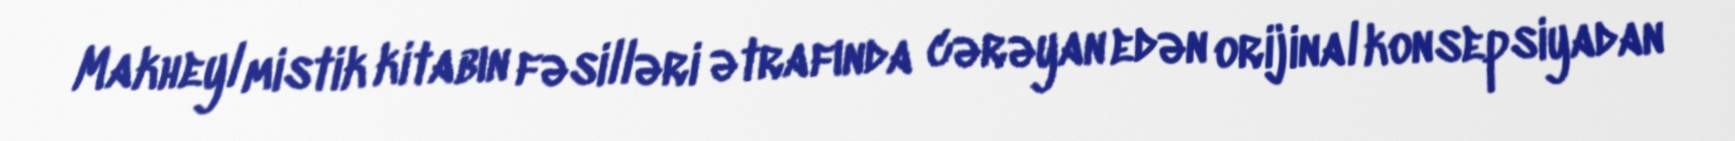
Makheyl mistik kitabın fəsilləri ətrafında cərəyan edən orijinal konsepsiyadan